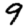
Digit: 9